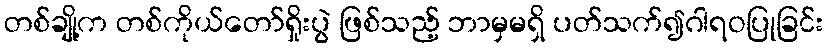
တစ်ချို့က တစ်ကိုယ်တော်ရှိုးပွဲ ဖြစ်သည့် ဘာမှမရှိ ပတ်သက်၍ဂါရဝပြုခြင်း